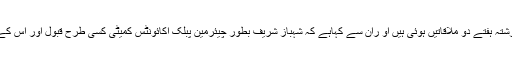
انہوںنے وزیراعظم عمران خان سے گزشتہ ہفتے دو ملاقاتیں ہوئی ہیں او ران سے کہاہے کہ شہباز شریف بطور چیئرمین پبلک اکائونٹس کمیٹی کسی طرح قبول اور اس کے خلاف تحریک عدم اعتمادلائی جائے ۔